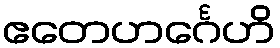
ဧတေဟင်္ဂေဟိ